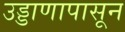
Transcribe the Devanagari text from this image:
उड्डाणापासून